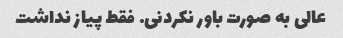
عالی به صورت باور نکردنی. فقط پیاز نداشت